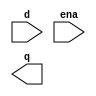
// Implement a D flip flop. Note that this is a latch, so a Quartus warning about having inferred a latch is expected.

module top_module (
    input d, 
    input ena,
    output q);
    
// Insert your code here

endmodule